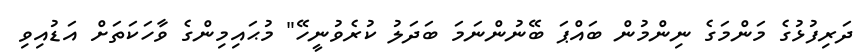
ދަރިފުޅުގެ މަންމަގެ ނިންމުން ބައްޕަ ބޭނުންނަމަ ބަދަލު ކުރެވުނީހޭ" މުޙައިމިންގެ ވާހަކަތަށް އަޑުއިވި